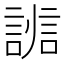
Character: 𧩵